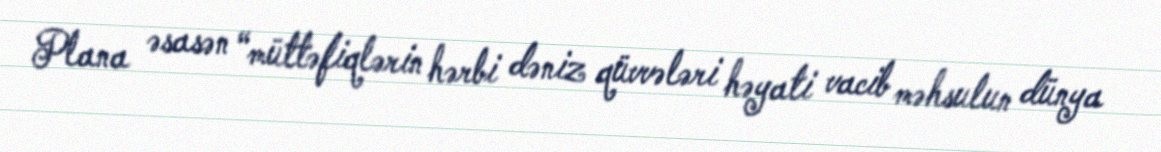
Plana əsasən “müttəfiqlərin hərbi dəniz qüvvələri həyati vacib məhsulun dünya